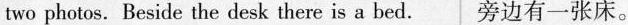
two photos. Beside the desk there is a bed. 旁边有一张床.